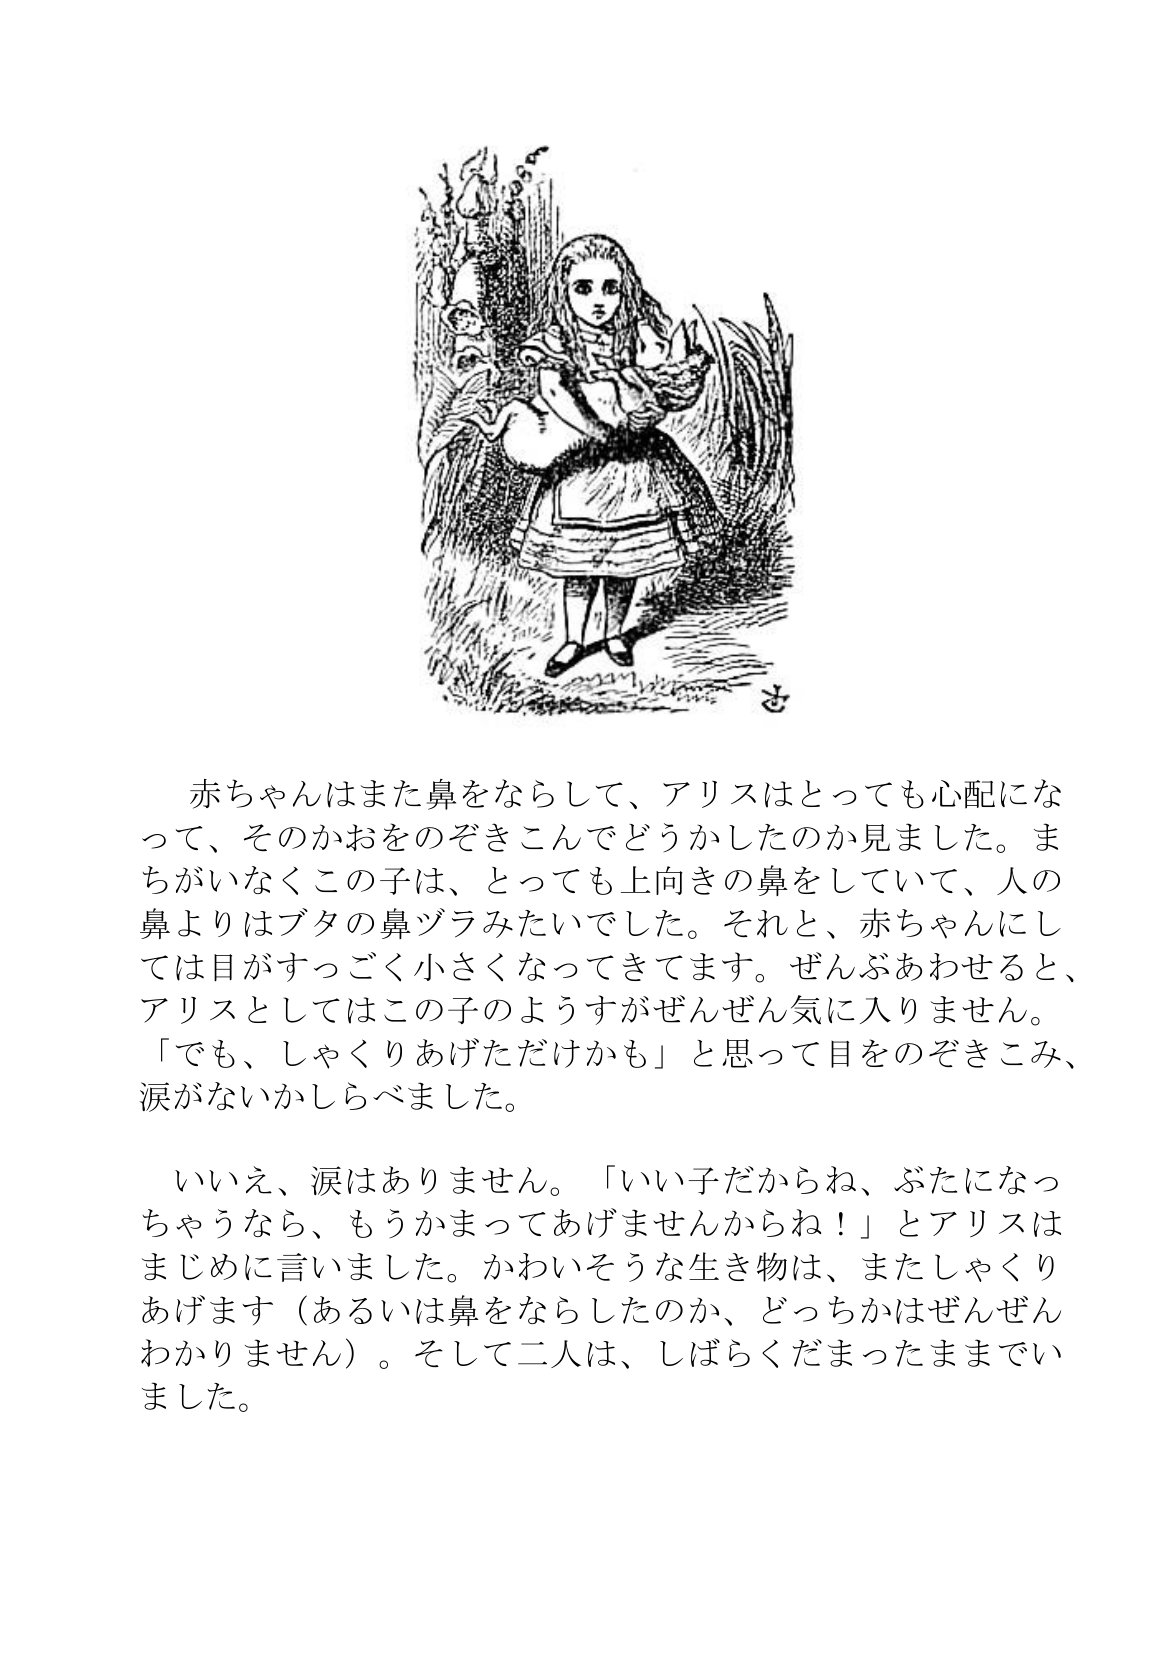
Language: ja